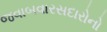
જવાબવારસદારોનો